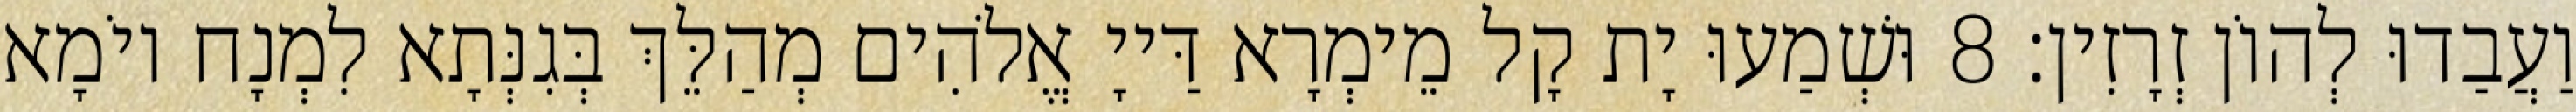
וַעֲבַדוּ לְהוֹן זְרָזִין׃ 8 וּשְׁמַעוּ יָת קָל מֵימְרָא דַּייָ אֱלֹהִים מְהַלֵּךְ בְּגִנְּתָא לִמְנָח יוֹמָא